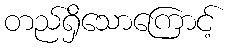
တည်ရှိသောကြောင့်